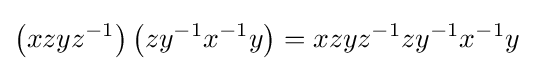
\left(xzyz^{-1}\right)\left(zy^{-1}x^{-1}y\right)=xzyz^{-1}zy^{-1}x^{-1}y